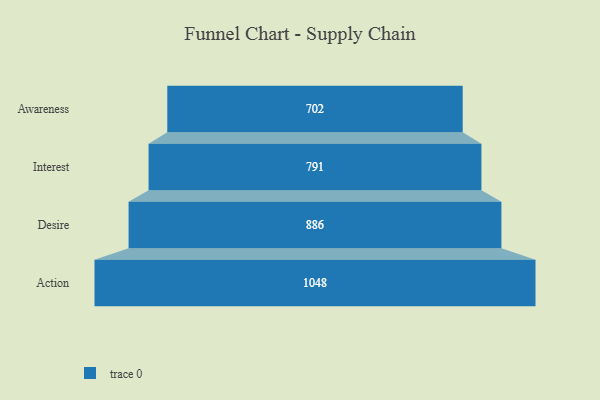
{"axis": {"x": "Stage", "y": "Value"}, "legend": [""], "data": [{"x": "Awareness", "y": 702.0, "type": ""}, {"x": "Interest", "y": 791.0, "type": ""}, {"x": "Desire", "y": 886.0, "type": ""}, {"x": "Action", "y": 1048.0, "type": ""}]}